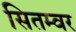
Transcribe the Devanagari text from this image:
सितम्वर